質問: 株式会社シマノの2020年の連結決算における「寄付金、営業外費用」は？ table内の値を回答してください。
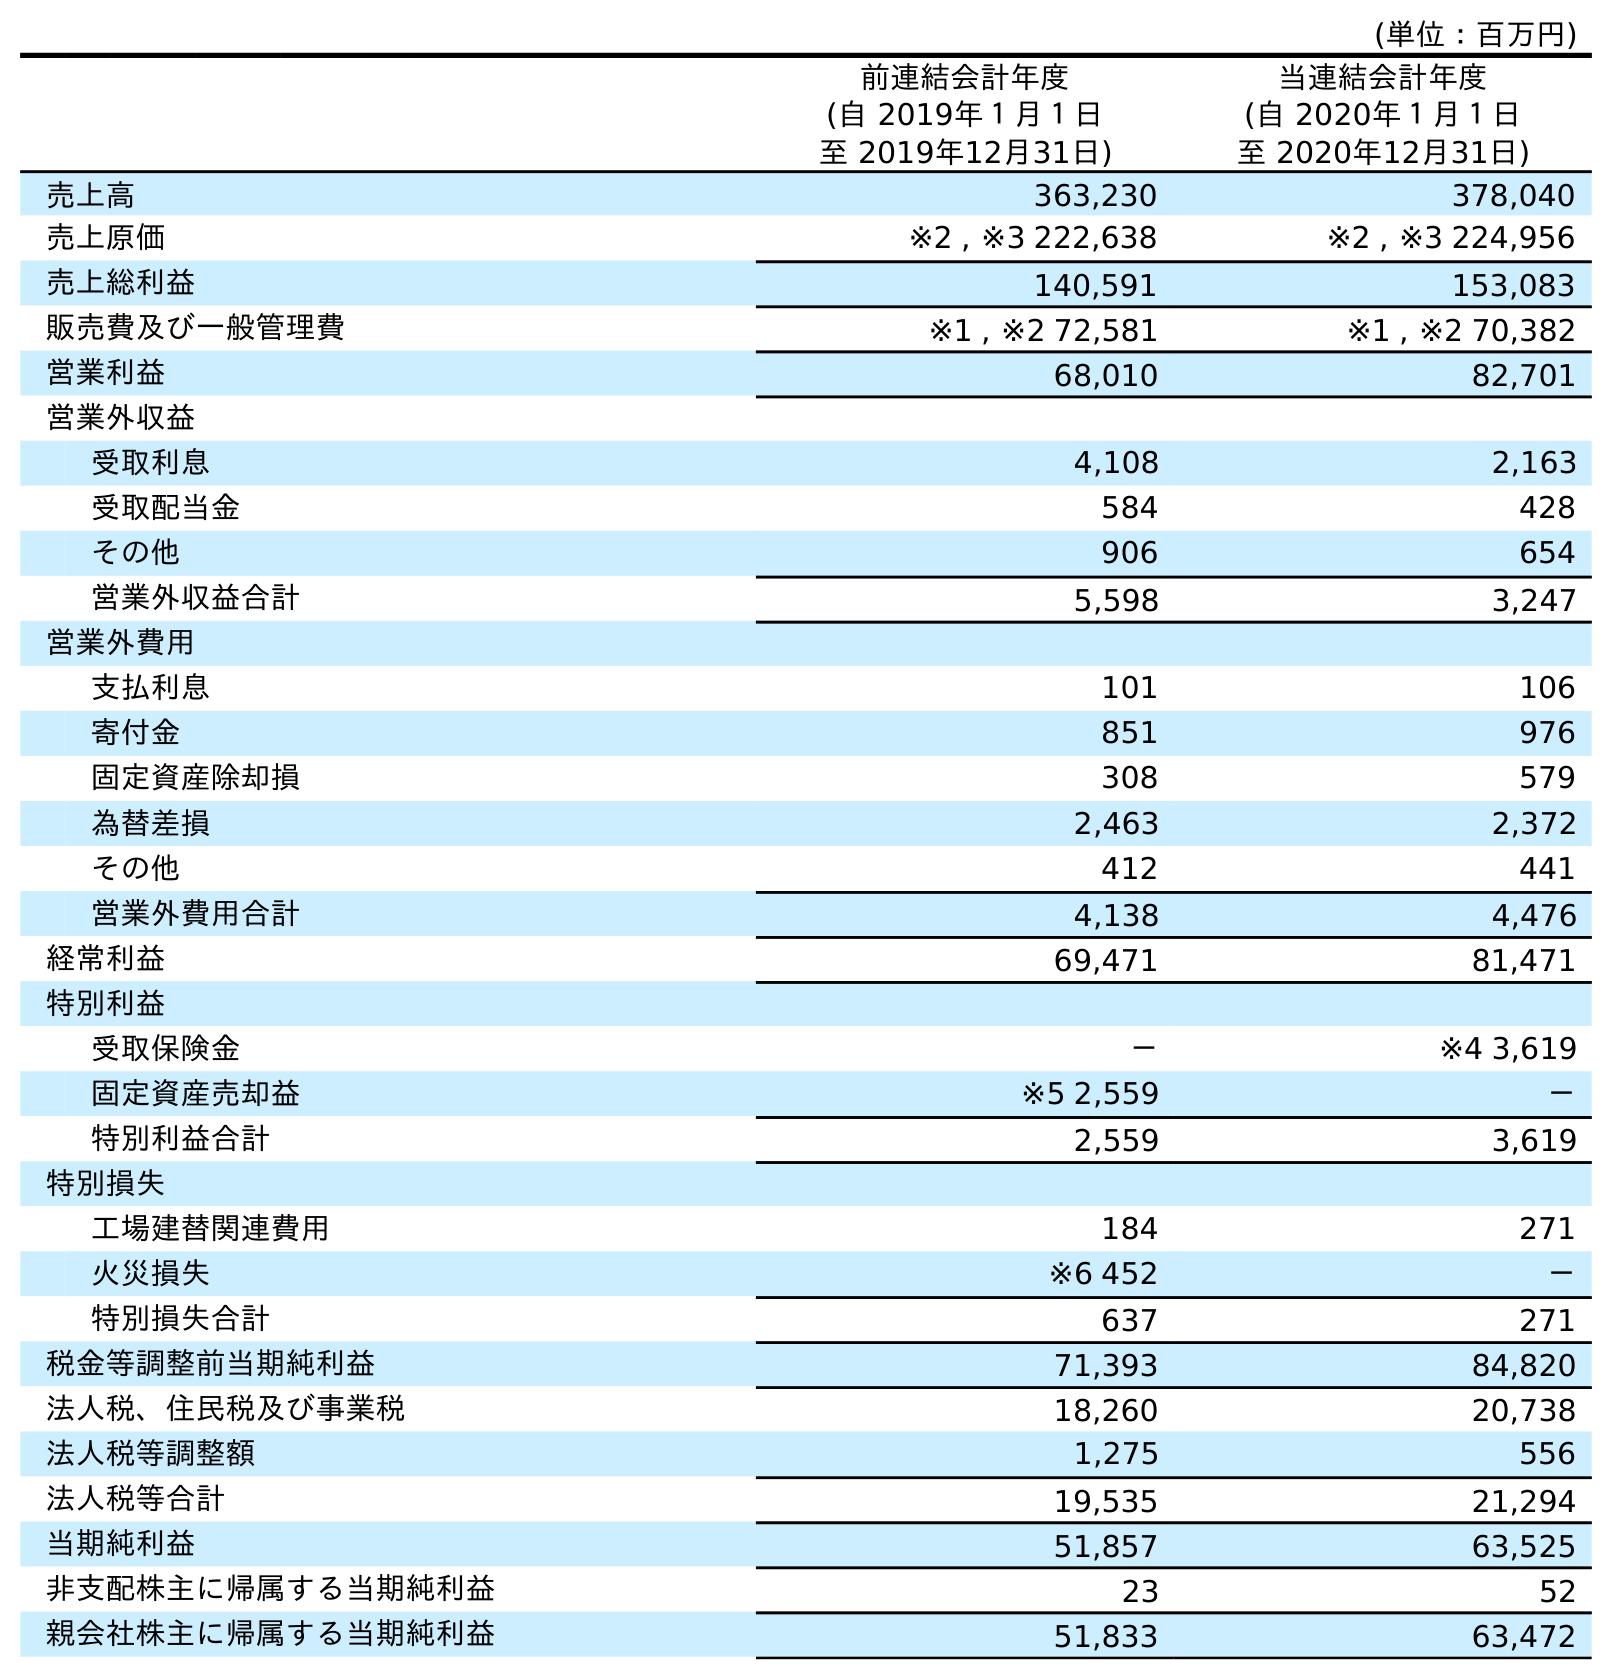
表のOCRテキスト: (単位：百万円) 前連結会計年度 (自 2019年１月１日 至 2019年12月31日) 当連結会計年度 (自 2020年１月１日 至 2020年12月31日) 売上高 363,230 378,040 売上原価 ※2 , ※3 222,638 ※2 , ※3 224,956 売上総利益 140,591 153,083 販売費及び一般管理費 ※1 , ※2 72,581 ※1 , ※2 70,382 営業利益 68,010 82,701 営業外収益 受取利息 4,108 2,163 受取配当金 584 428 その他 906 654 営業外収益合計 5,598 3,247 営業外費用 支払利息 101 106 寄付金 851 976 固定資産除却損 308 579 為替差損 2,463 2,372 その他 412 441 営業外費用合計 4,138 4,476 経常利益 69,471 81,471 特別利益 受取保険金 － ※4 3,619 固定資産売却益 ※5 2,559 － 特別利益合計 2,559 3,619 特別損失 工場建替関連費用 184 271 火災損失 ※6 452 － 特別損失合計 637 271 税金等調整前当期純利益 71,393 84,820 法人税、住民税及び事業税 18,260 20,738 法人税等調整額 1,275 556 法人税等合計 19,535 21,294 当期純利益 51,857 63,525 非支配株主に帰属する当期純利益 23 52 親会社株主に帰属する当期純利益 51,833 63,472
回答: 976